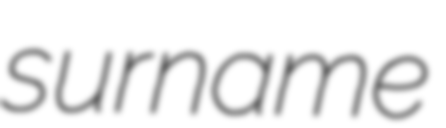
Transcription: surname